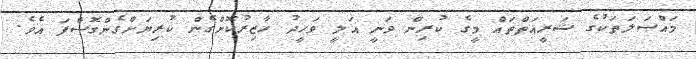
މައްސަލަތަކުގެ ޝަރީއަތްތައް މީގެ ކުރިން ވަނީ އަލީ ވަހީދު ހާޒިރުކޮށްގެން ކުރިޔަށްގެންގޮސްފަ އެވެ.